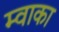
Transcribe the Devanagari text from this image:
म्वाका